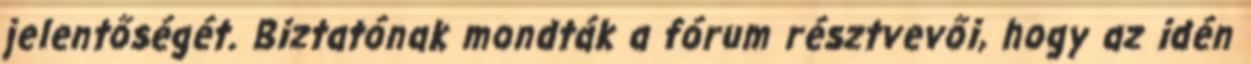
jelentőségét. Biztatónak mondták a fórum résztvevői, hogy az idén